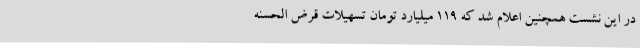
در این نشست همچنین اعلام شد که 119 میلیارد تومان تسهیلات قرض الحسنه